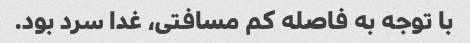
با توجه به فاصله کم مسافتی، غدا سرد بود.